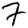
Digit: 7